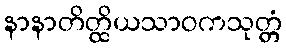
နာနာတိတ္ထိယသာဝကသုတ္တံ